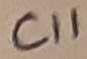
Text: C11